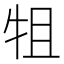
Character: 𭷚